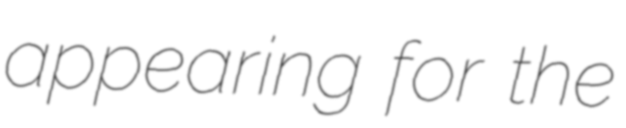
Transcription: appearing for the